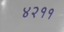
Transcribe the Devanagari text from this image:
४२११